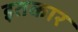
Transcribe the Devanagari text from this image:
इतकार